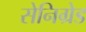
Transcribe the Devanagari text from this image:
सेनिग्रेड